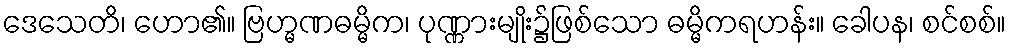
ဒေသေတိ၊ ဟော၏။ ဗြဟ္မဏဓမ္မိက၊ ပုဏ္ဏားမျိုး၌ဖြစ်သော ဓမ္မိကရဟန်း။ ခေါပန၊ စင်စစ်။